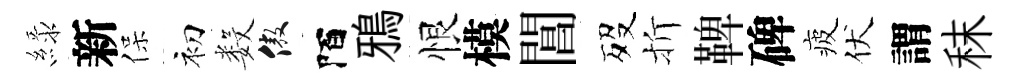
緑新保初数傲陌鴉恨模閶歿折鞞碑疲伏謂秣